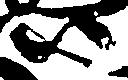
尉